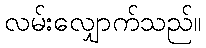
လမ်းလျှောက်သည်။